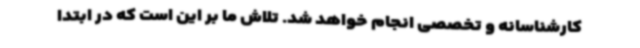
کارشناسانه و تخصصی انجام خواهد شد. تلاش ما بر این است که در ابتدا